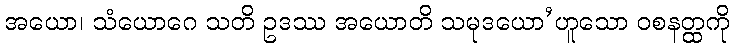
အယော၊ သံယောဂေ သတိ ဥဒဿ အယောတိ သမုဒယော’ဟူသော ဝစနတ္ထကို